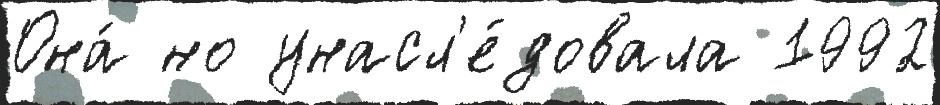
Она́ но унасл'е́довала 1992